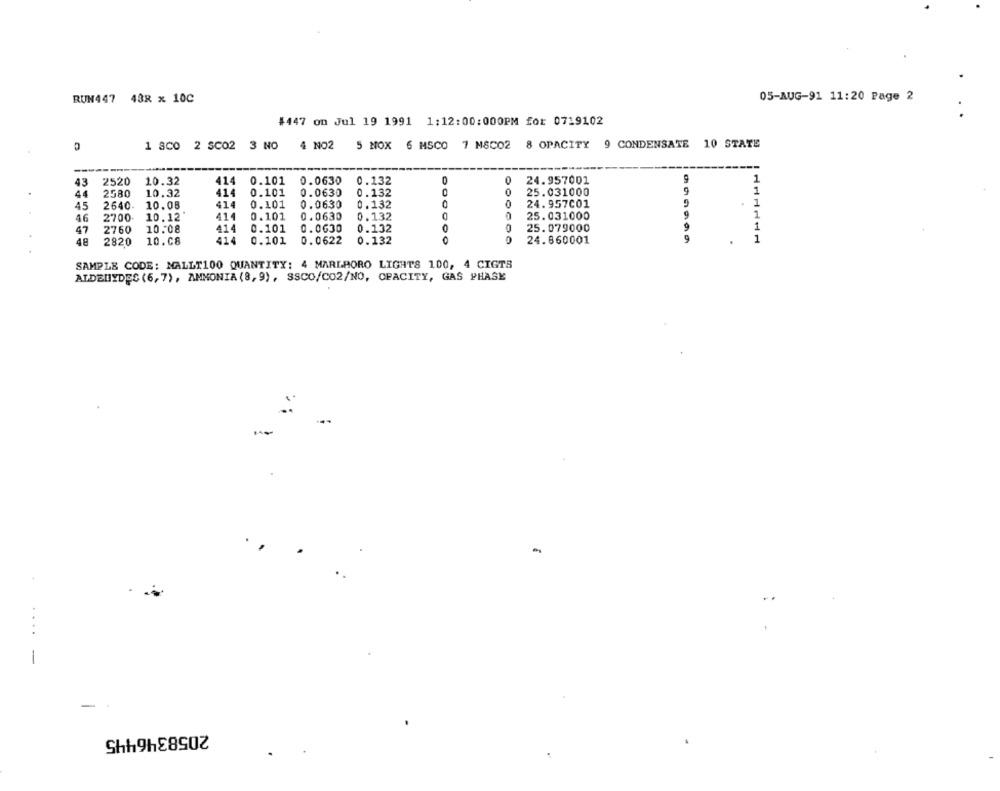
RUN447
43R x 10C
05-AUG-91 11:20 Page 2
#447 on Jul 19 1991 1:12:00:000PM for 0719102
1 8C0 2 SC02 3 NO
4 NO2 5 MOX 6 MSCO 7 MSCO2 8 OPACITY 9 CONDENSATE 10 STATE
---
---
43
2520
10.32
414
0.101 0.0630 0.132
0
24.957001
1
1
44
2580
10.32
414
0.101
0.0630
0.132
O
25.031000
45
2640.
10.08
414
0.101
0.0630
0.132
24.957001
1
0.0630
0.132
0
25. 031000
1
46
2700
10.12
414
0.101
47
2760
10.08
414
0.101
0.0630
0.132
25.079000
1
48
2820
10.08
414
0.101
0.0622
0.132
24.860001
1
SAMPLE CODE: NALLT100 QUANTITY: 4 MARLBORO LIGHTS 100, 4 CIGTS
ALDEHYDES (6,7), AMMONIA (8, 9), SSCO/CO2/NO, CPACITY, GAS PHASE
-
....
-
2058346445